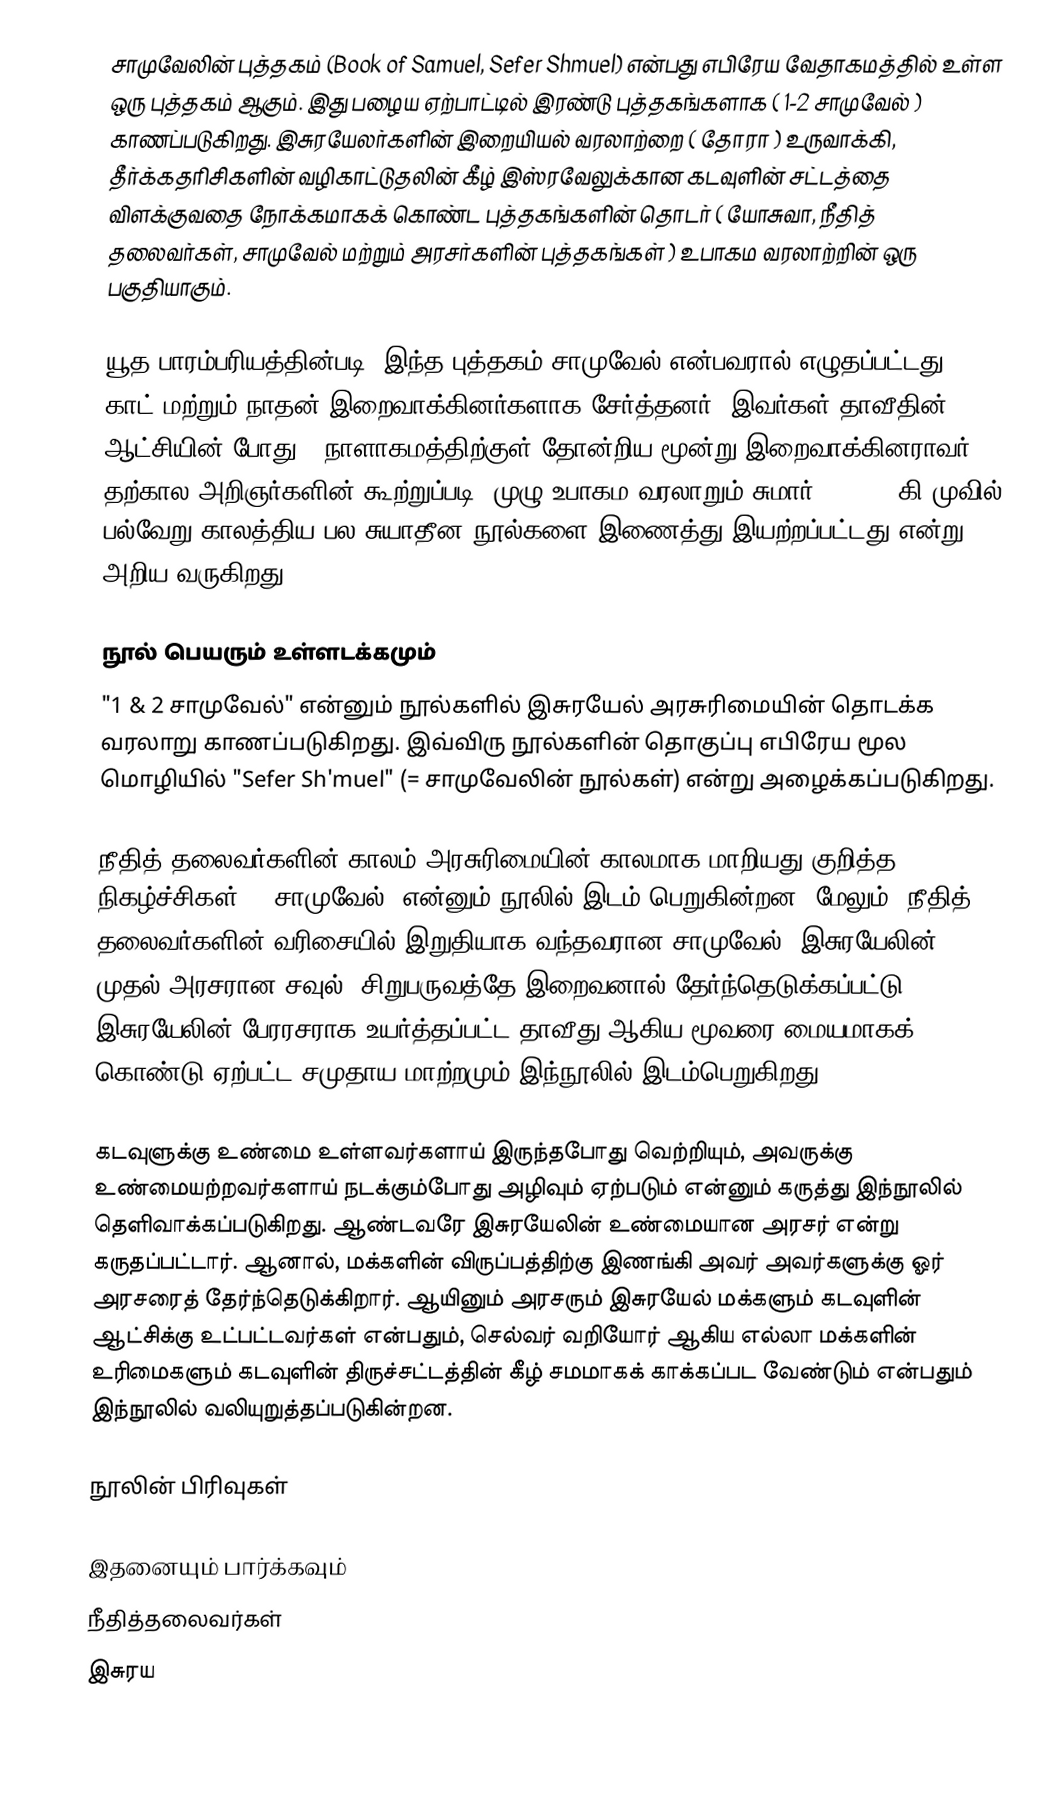
சாமுவேலின் புத்தகம் (Book of Samuel, Sefer Shmuel) என்பது எபிரேய வேதாகமத்தில் உள்ள ஒரு புத்தகம் ஆகும். இது பழைய ஏற்பாட்டில் இரண்டு புத்தகங்களாக ( 1-2 சாமுவேல் ) காணப்படுகிறது. இசுரயேலர்களின் இறையியல் வரலாற்றை ( தோரா ) உருவாக்கி, தீர்க்கதரிசிகளின் வழிகாட்டுதலின் கீழ் இஸ்ரவேலுக்கான கடவுளின் சட்டத்தை விளக்குவதை நோக்கமாகக் கொண்ட புத்தகங்களின் தொடர் ( யோசுவா, நீதித் தலைவர்கள், சாமுவேல் மற்றும் அரசர்களின் புத்தகங்கள் ) உபாகம வரலாற்றின் ஒரு பகுதியாகும்.

யூத பாரம்பரியத்தின்படி, இந்த புத்தகம் சாமுவேல் என்பவரால் எழுதப்பட்டது, காட் மற்றும் நாதன் இறைவாக்கினர்களாக சேர்த்தனர். இவர்கள் தாவீதின் ஆட்சியின் போது 1 நாளாகமத்திற்குள் தோன்றிய மூன்று இறைவாக்கினராவர். தற்கால அறிஞர்களின் கூற்றுப்படி, முழு உபாகம வரலாறும் சுமார் 630-540 கி.முவில் பல்வேறு காலத்திய பல சுயாதீன நூல்களை இணைத்து இயற்றப்பட்டது என்று அறிய வருகிறது.

நூல் பெயரும் உள்ளடக்கமும்
"1 & 2 சாமுவேல்" என்னும் நூல்களில் இசுரயேல் அரசுரிமையின் தொடக்க வரலாறு காணப்படுகிறது. இவ்விரு நூல்களின் தொகுப்பு எபிரேய மூல மொழியில் "Sefer Sh'muel"  (= சாமுவேலின் நூல்கள்) என்று அழைக்கப்படுகிறது.

நீதித் தலைவர்களின் காலம் அரசுரிமையின் காலமாக மாறியது குறித்த நிகழ்ச்சிகள் "1 சாமுவேல்" என்னும் நூலில் இடம் பெறுகின்றன. மேலும், நீதித் தலைவர்களின் வரிசையில் இறுதியாக வந்தவரான சாமுவேல், இசுரயேலின் முதல் அரசரான சவுல், சிறுபருவத்தே இறைவனால் தேர்ந்தெடுக்கப்பட்டு இசுரயேலின் பேரரசராக உயர்த்தப்பட்ட தாவீது ஆகிய மூவரை மையமாகக் கொண்டு ஏற்பட்ட சமுதாய மாற்றமும் இந்நூலில் இடம்பெறுகிறது.

கடவுளுக்கு உண்மை உள்ளவர்களாய் இருந்தபோது வெற்றியும், அவருக்கு உண்மையற்றவர்களாய் நடக்கும்போது அழிவும் ஏற்படும் என்னும் கருத்து இந்நூலில் தெளிவாக்கப்படுகிறது. ஆண்டவரே இசுரயேலின் உண்மையான அரசர் என்று கருதப்பட்டார். ஆனால், மக்களின் விருப்பத்திற்கு இணங்கி அவர் அவர்களுக்கு ஓர் அரசரைத் தேர்ந்தெடுக்கிறார். ஆயினும் அரசரும் இசுரயேல் மக்களும் கடவுளின் ஆட்சிக்கு உட்பட்டவர்கள் என்பதும், செல்வர் வறியோர் ஆகிய எல்லா மக்களின் உரிமைகளும் கடவுளின் திருச்சட்டத்தின் கீழ் சமமாகக் காக்கப்பட வேண்டும் என்பதும் இந்நூலில் வலியுறுத்தப்படுகின்றன.

நூலின் பிரிவுகள்

இதனையும் பார்க்கவும்
 நீதித்தலைவர்கள்
 இசுரய